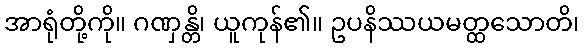
အာရုံတို့ကို။ ဂဏှန္တိ၊ ယူကုန်၏။ ဥပနိဿယမတ္ထသောတိ၊